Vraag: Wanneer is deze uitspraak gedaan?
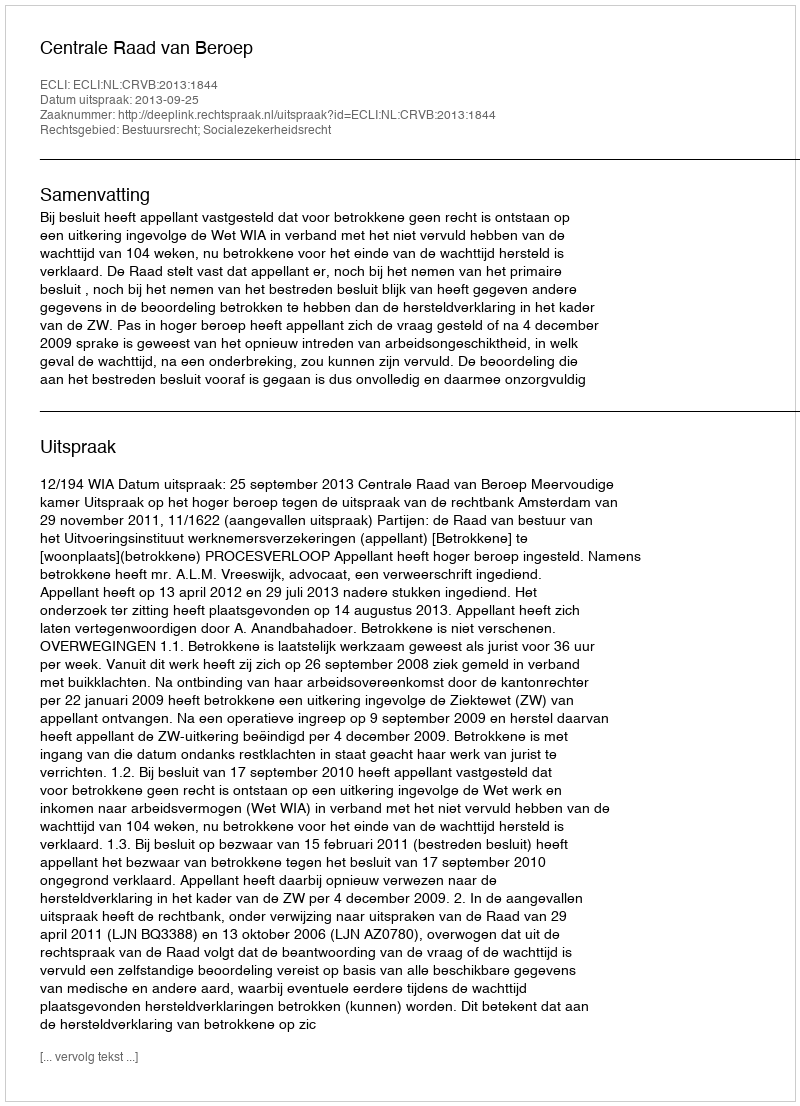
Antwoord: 2013-09-25